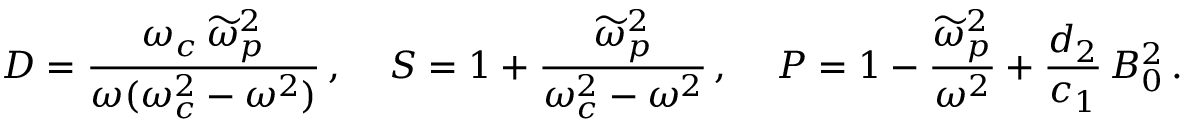
{ \cal D } = \frac { \omega _ { c } \, \widetilde { \omega } _ { p } ^ { 2 } } { \omega ( \omega _ { c } ^ { 2 } - \omega ^ { 2 } ) } \, , \, \quad { \cal S } = 1 + \frac { \widetilde { \omega } _ { p } ^ { 2 } } { \omega _ { c } ^ { 2 } - \omega ^ { 2 } } \, , \, \quad { \cal P } = 1 - \frac { \widetilde { \omega } _ { p } ^ { 2 } } { \omega ^ { 2 } } + \frac { d _ { 2 } } { c _ { 1 } } \, B _ { 0 } ^ { 2 } \, .